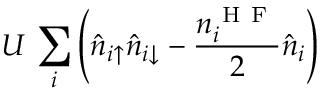
U \, \sum _ { i } \left( \hat { n } _ { i \uparrow } \hat { n } _ { i \downarrow } - \frac { n _ { i } ^ { \mathrm { ~ H ~ F ~ } } } { 2 } \hat { n } _ { i } \right)